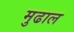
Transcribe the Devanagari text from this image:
मुढाल